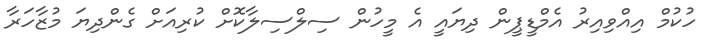
ހުކުމް އިއްވިއިރު އެމްޑީޕީން ދިޔައީ އެ މީހުން ސިލްސިލާކޮށް ކުރިއަށް ގެންދިޔަ މުޒާހަރާ